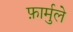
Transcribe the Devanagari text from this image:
फ़ार्मुले